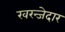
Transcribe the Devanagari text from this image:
खरन्जेदार